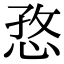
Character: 㤵